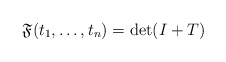
\begin{align*}\mathfrak{F}(t_{1},\ldots,t_{n})=\det(I+T)\end{align*}